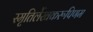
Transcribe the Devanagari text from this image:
स्मृतिर्लेखकरूपिणम